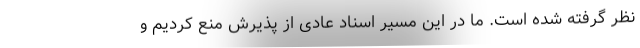
نظر گرفته شده است. ما در این مسیر اسناد عادی از پذیرش منع کردیم و